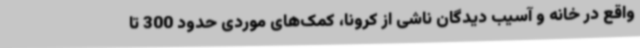
واقع در خانه و آسیب دیدگان ناشی از کرونا، کمک‌های موردی حدود 300 تا